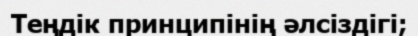
Теңдік принципінің әлсіздігі;